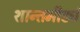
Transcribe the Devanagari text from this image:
शान्तमीड्यं